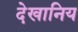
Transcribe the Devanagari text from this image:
देखानिय